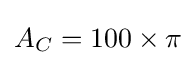
A_{C}=100\times \pi